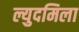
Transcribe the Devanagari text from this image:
ल्युदमिला